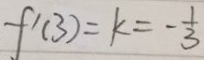
f ^ { \prime } ( 3 ) = k = - \frac { 1 } { 3 }